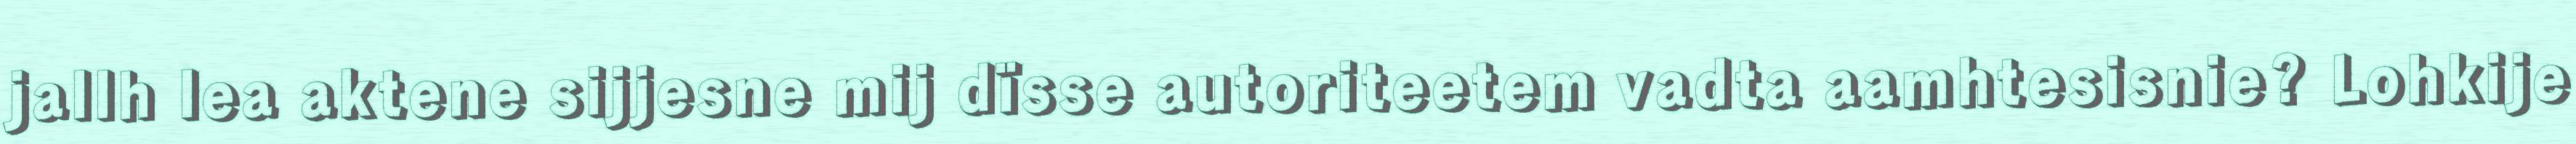
jallh lea aktene sijjesne mij dïsse autoriteetem vadta aamhtesisnie? Lohkije